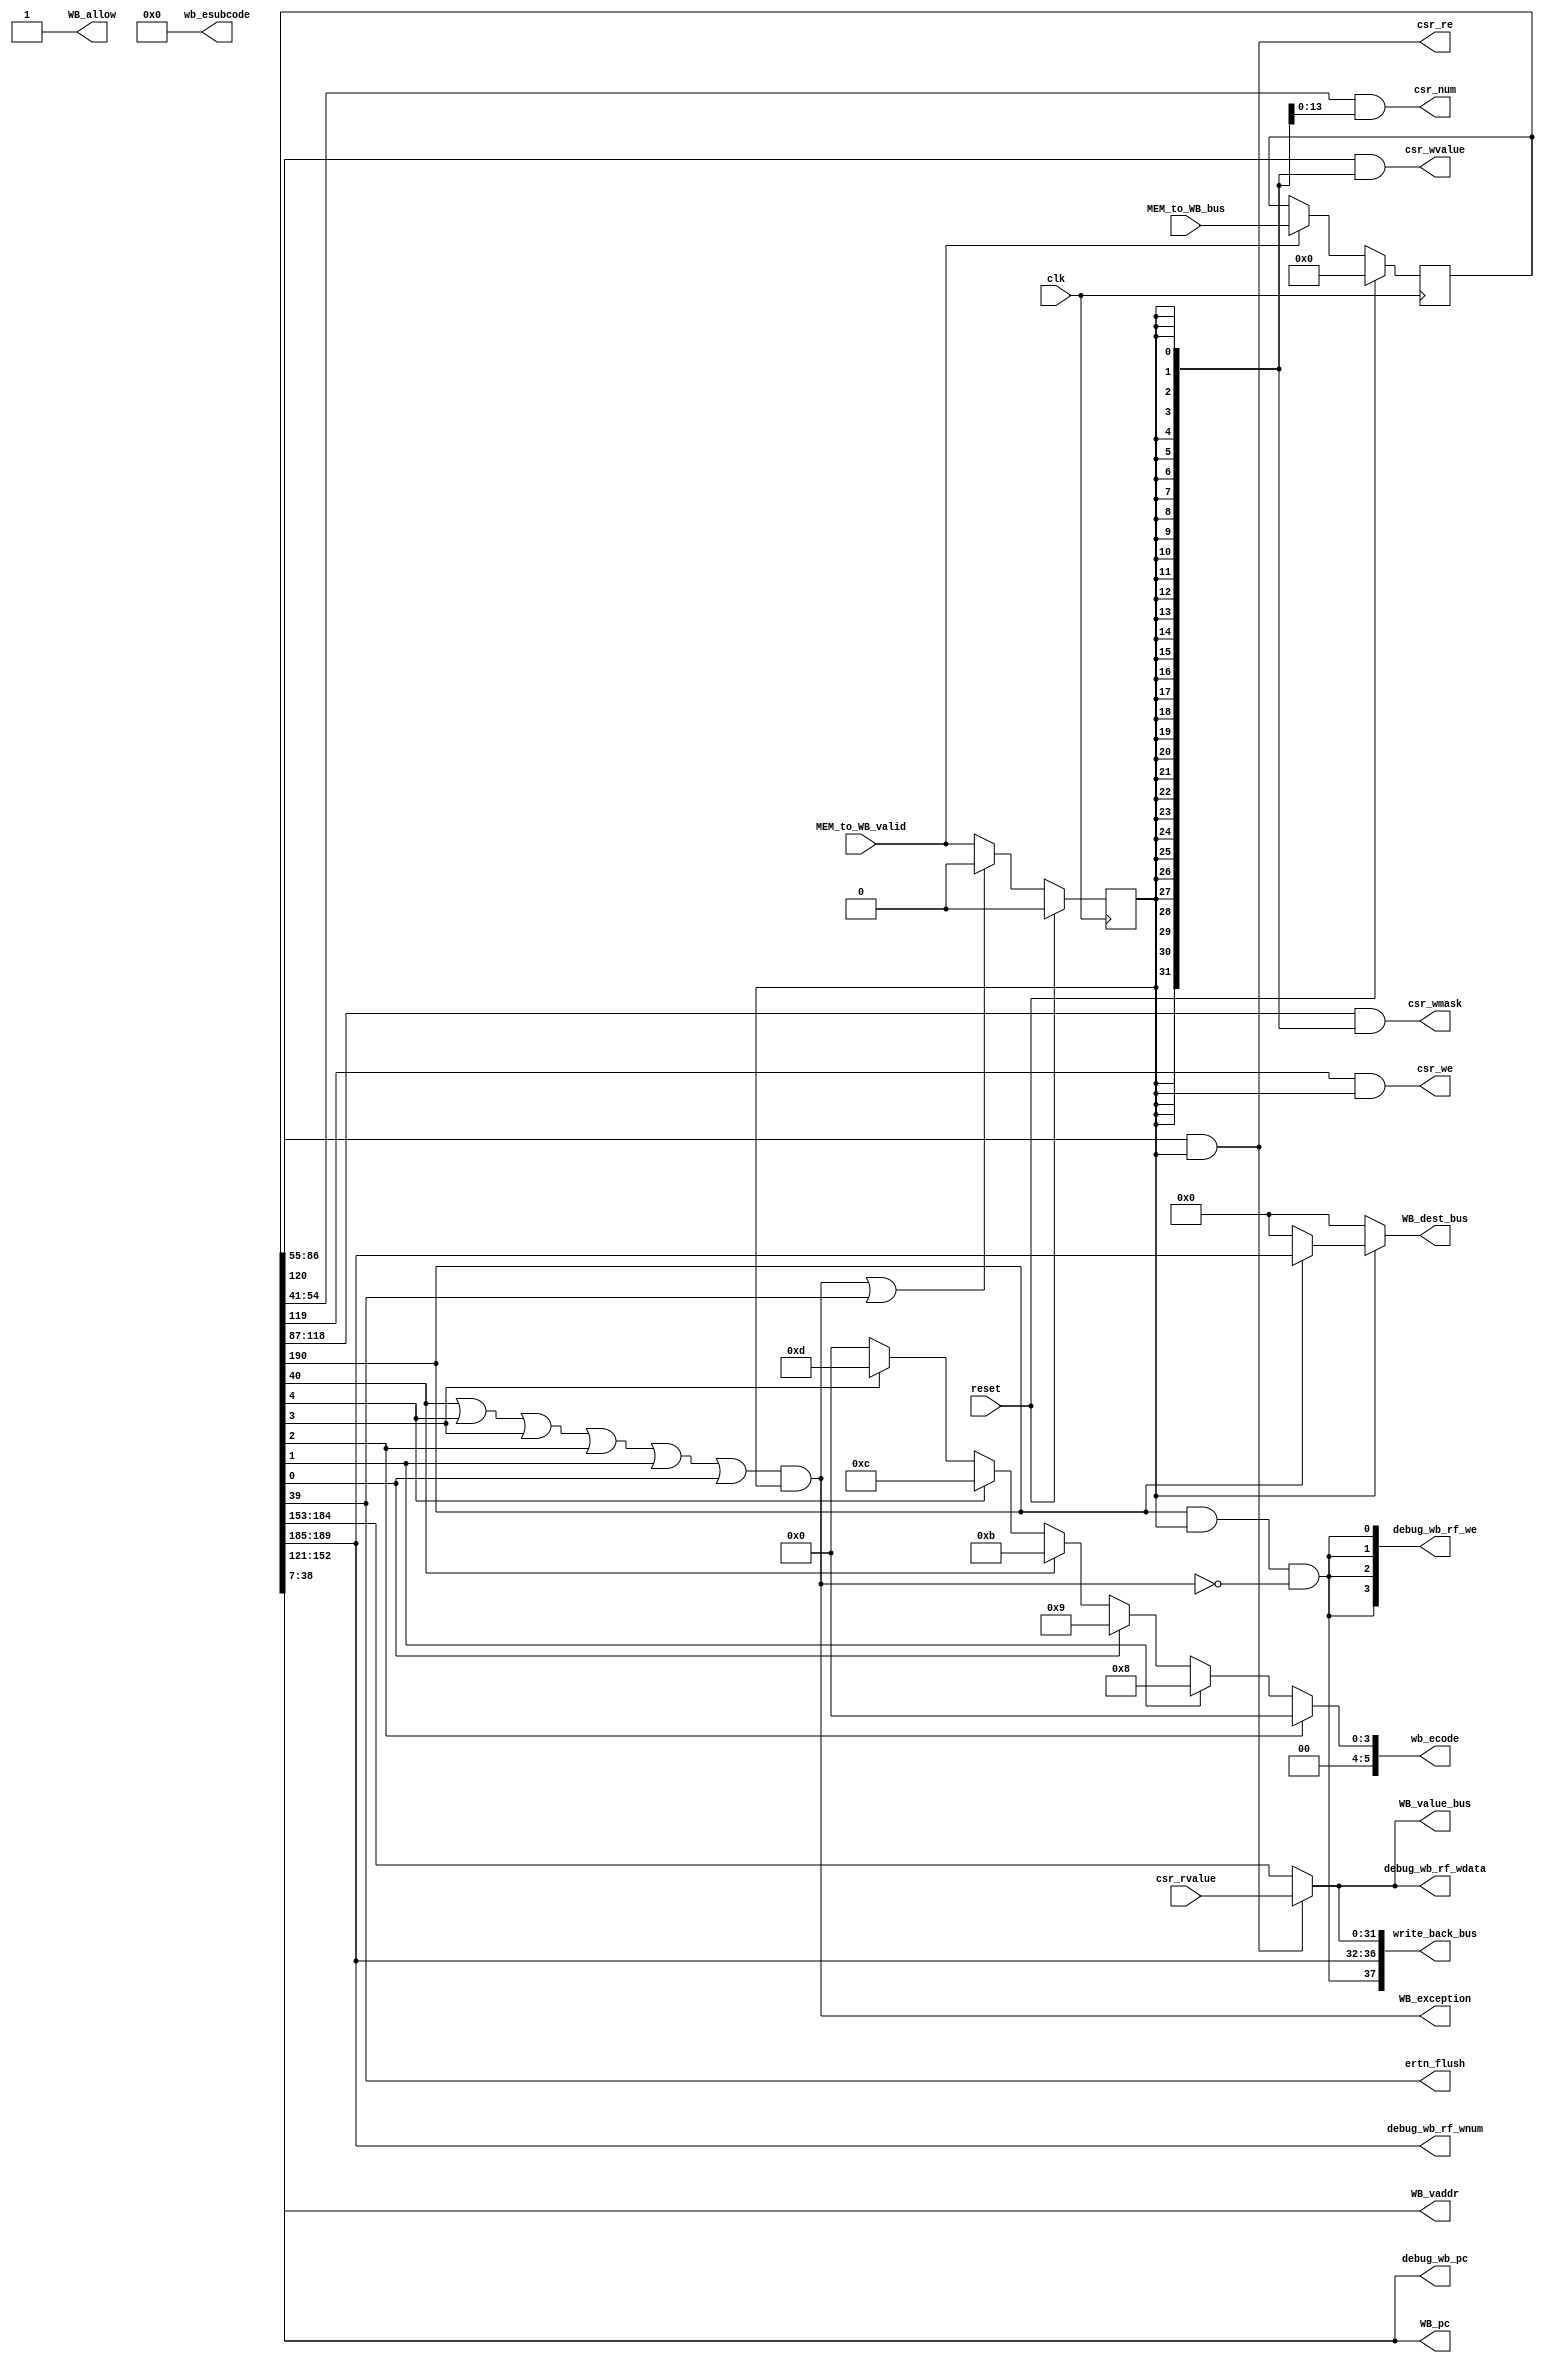
module WB_stage(
    input wire clk,
    input wire reset,
    input wire MEM_to_WB_valid,
    input wire [190:0] MEM_to_WB_bus,
    
    input wire [31:0] csr_rvalue,
    
    output wire WB_allow,
    output wire [37:0] write_back_bus,
    output wire [31:0] debug_wb_pc,
    output wire [ 3:0] debug_wb_rf_we,
    output wire [ 4:0] debug_wb_rf_wnum,
    output wire [31:0] debug_wb_rf_wdata,
    
    output wire [4:0] WB_dest_bus,
    output wire [31:0] WB_value_bus,
    
    output wire csr_re,
    output wire [13:0] csr_num,
    output wire csr_we,
    output wire [31:0] csr_wmask,
    output wire [31:0] csr_wvalue,
    output wire ertn_flush,
    output wire WB_exception,
    output wire [5:0] wb_ecode,
    output wire [8:0] wb_esubcode,
    output wire [31:0] WB_pc,
    output wire [31:0] WB_vaddr
);
    reg [190:0] MEM_to_WB_bus_r;
    reg WB_valid;
    wire WB_go;
    assign WB_go = 1'd1;
    assign WB_allow = ~WB_valid || WB_go;
    always @(posedge clk) begin
        if(reset) begin
            WB_valid <= 1'd0;
        end else if(WB_exception | ertn_flush) begin
            WB_valid <= 1'd0;
        end else if(WB_allow) begin
            WB_valid <= MEM_to_WB_valid;
        end
        if(reset) begin
            MEM_to_WB_bus_r <= 191'd0;
        end else if(MEM_to_WB_valid && WB_allow) begin
            MEM_to_WB_bus_r <= MEM_to_WB_bus;
        end
    end
    
    wire WB_csr_re;
    wire WB_csr_we;  //1
    wire [31:0] WB_csr_wmask;//32
    wire [31:0] WB_csr_wvalue;//32
    wire [13:0] WB_csr_num;//14
    wire WB_inst_syscall;//1
    wire WB_inst_ertn;//1
    
    wire WB_inst_rdcntvh;//1
    wire WB_inst_rdcntvl;//1
    wire WB_inst_break;//1
    wire WB_except_ine;//1
    wire WB_except_int;//1
    wire WB_pc_adef;//1
    wire WB_except_ale;
    
    wire WB_gr_we;
    wire [4:0] WB_dest;
    wire [31:0] WB_final_result;
    //wire [31:0] WB_pc;
    assign {WB_gr_we,
            WB_dest,
            WB_final_result,
            WB_pc,
            WB_csr_re,  //1
            WB_csr_we,  //1
            WB_csr_wmask,//32
            WB_csr_wvalue,//32
            WB_csr_num,//14
            WB_inst_syscall,//1
            WB_inst_ertn,//1
            
            WB_vaddr,//32
            WB_inst_rdcntvh,//1
            WB_inst_rdcntvl,//1
            WB_inst_break,//1
            WB_except_ine,//1
            WB_except_int,//1
            WB_pc_adef,//1
            WB_except_ale//1
            } = MEM_to_WB_bus_r;
    
    assign WB_dest_bus = WB_valid ? (WB_gr_we ? WB_dest : 5'd0) : 5'd0 ;
    assign WB_value_bus = rf_wdata;
    
    assign csr_re = WB_csr_re & WB_valid;
    assign csr_num = WB_csr_num & {14{WB_valid}};
    assign csr_we = WB_csr_we & WB_valid;
    assign csr_wmask = WB_csr_wmask & {32{WB_valid}};
    assign csr_wvalue = WB_csr_wvalue & {32{WB_valid}};
    assign ertn_flush = WB_inst_ertn;
    assign WB_exception = (WB_inst_syscall | WB_inst_break | WB_except_ine | WB_except_int | WB_pc_adef | WB_except_ale) & WB_valid;
    assign wb_ecode =  WB_except_int  ? 6'h00 :
                       WB_pc_adef     ? 6'h08 :
                       WB_except_ale  ? 6'h09 :
                       WB_inst_syscall? 6'h0b :
                       WB_inst_break  ? 6'h0c :
                       WB_except_ine  ? 6'h0d :
                       6'd0;
    assign wb_esubcode = 9'd0;
    
    wire rf_we;
    wire [4:0] rf_waddr;
    wire [31:0] rf_wdata;
    wire [31:0] rf_wdata_r;
    assign rf_we = WB_gr_we && WB_valid && !WB_exception;
    assign rf_waddr = WB_dest;
    assign rf_wdata = csr_re? csr_rvalue:WB_final_result;
    assign write_back_bus = {rf_we,
                             rf_waddr,
                             rf_wdata
                             };
    assign debug_wb_pc       = WB_pc;
    assign debug_wb_rf_we   = {4{rf_we}};
    assign debug_wb_rf_wnum  = WB_dest;
    assign debug_wb_rf_wdata = rf_wdata;
    
endmodule